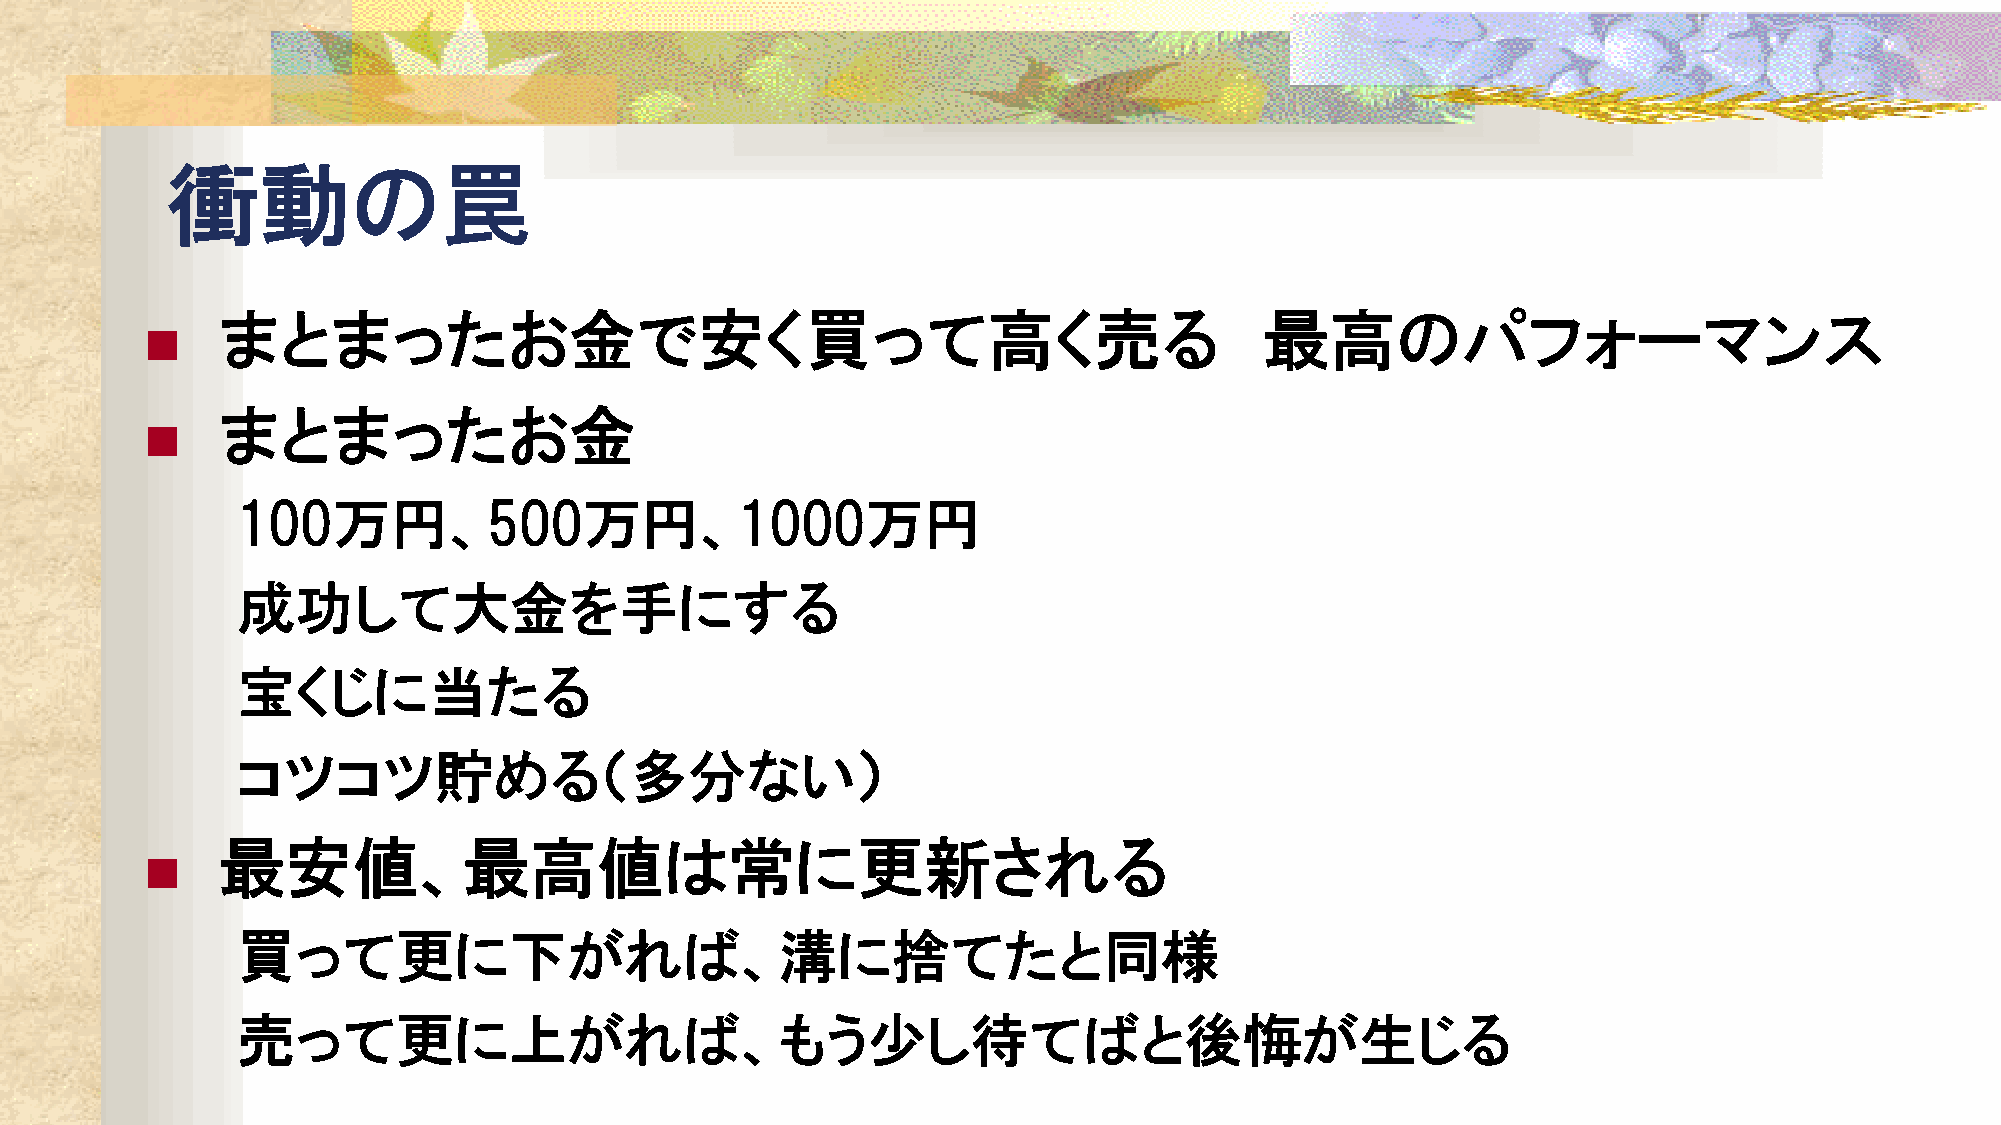
衝動の罠
 まとまったお金で安く買って高く売る                                                     最高のパフォーマンス
 
 まとまったお金
 
 100万円、500万円、1000万円
 成功して大金を手にする
 宝くじに当たる
 コツコツ貯める（多分ない）
 最安値、最高値は常に更新される
 
 買って更に下がれば、溝に捨てたと同様
 売って更に上がれば、もう少し待てばと後悔が生じる